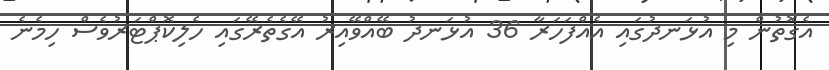
އެގޮތުން މި އުޅަނދުގައި އެއްފަހަރާ 36 އުޅަނދު ބޭއްވޭއިރު އޭގެެތެރޭގައި ހެލިކޮޕްޓަރުވެސް ހިމެނެ